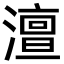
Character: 澶